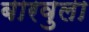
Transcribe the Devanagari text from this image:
बारवुला